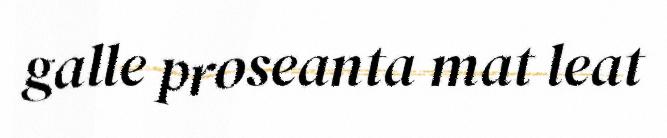
galle proseanta mat leat